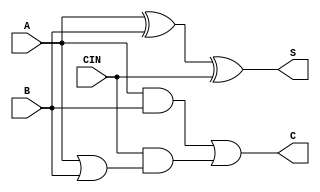
module ADD2_1(A, B, CIN, S, C);
input   A;
input   B;
input   CIN;
output  S;
output  C;
xor g0(S, A, B, CIN);
and g1(w3, A, B);
or g2(w8, A, B);
and g3(w6, CIN, w8);
or g4(C, w3, w6);
endmodule